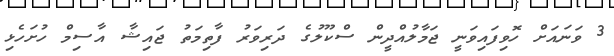
3 ވަނައަށް ހޮވިފައިވަނީ ޖަމާލުއްދީން ސްކޫލުގެ ދަރިވަރު ފާތިމަތު ޖައިޝާ އާސިމް ހުށަހެޅި